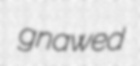
gnawed